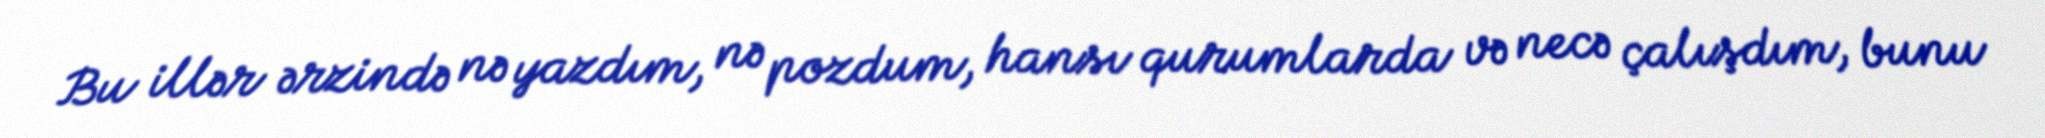
Bu illər ərzində nə yazdım, nə pozdum, hansı qurumlarda və necə çalışdım, bunu